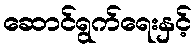
ဆောင်ရွက်ရေးနှင့်